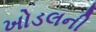
ખોડલની